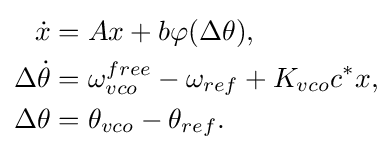
{\begin{aligned}{\dot {x}}&=Ax+b\varphi (\Delta \theta ),\\\Delta {\dot {\theta }}&=\omega _{vco}^{free}-\omega _{ref}+K_{vco}c^{*}x,\\\Delta \theta &=\theta _{vco}-\theta _{ref}.\end{aligned}}